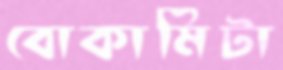
বোকামিটা